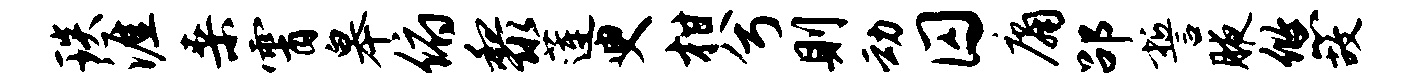
琰涯桑霄皋俯黎莲臾柑兮则动囚庸劭誓腋悠故